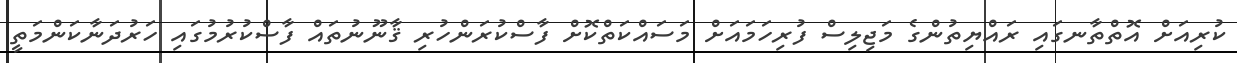
ކުރިއަށް އޮތްތާނގައި ރައްޔިތުންގެ މަޖިލިސް ފުރިހަމައަށް މަސައްކަތްކޮށް ފާސްކުރަންހުރި ޤާނޫނުތައް ފާސްކުރުމުގައި ހަރުދަނާކަންމަތީ